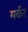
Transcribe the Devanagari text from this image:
मर्कर